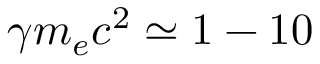
\gamma m _ { e } c ^ { 2 } \simeq 1 - 1 0